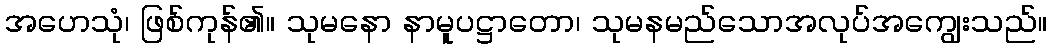
အဟေသုံ၊ ဖြစ်ကုန်၏။ သုမနော နာမူပဋ္ဌာတော၊ သုမနမည်သောအလုပ်အကျွေးသည်။